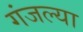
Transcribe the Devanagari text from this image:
गंजल्या